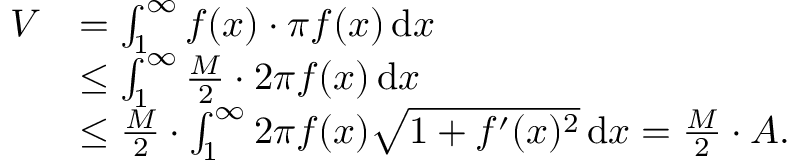
{ \begin{array} { r l } { V } & { = \int _ { 1 } ^ { \infty } f ( x ) \cdot \pi f ( x ) \, \mathrm { d } x } \\ & { \leq \int _ { 1 } ^ { \infty } { \frac { M } { 2 } } \cdot 2 \pi f ( x ) \, \mathrm { d } x } \\ & { \leq { \frac { M } { 2 } } \cdot \int _ { 1 } ^ { \infty } 2 \pi f ( x ) { \sqrt { 1 + f ^ { \prime } ( x ) ^ { 2 } } } \, \mathrm { d } x = { \frac { M } { 2 } } \cdot A . } \end{array} }